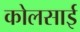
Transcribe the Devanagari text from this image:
कोलसाई